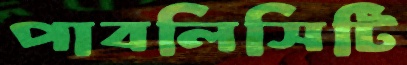
পাবলিসিটি